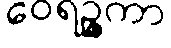
ဝေရဉ္ဇကာ